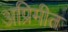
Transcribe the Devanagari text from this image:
अप्रिमीत